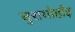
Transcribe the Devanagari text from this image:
बुरागोहाँइ